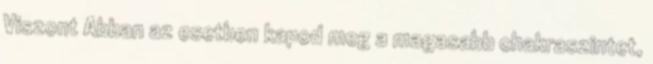
Viszont Abban az esetben kapod meg a magasabb chakraszintet,